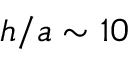
h / a \sim 1 0